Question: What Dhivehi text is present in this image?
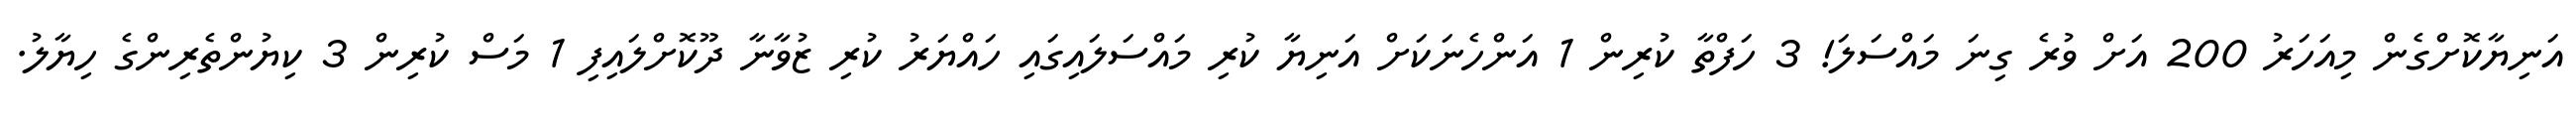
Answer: އަނިޔާކޮށްގެން މިއަހަރު 200 އަށް ވުރެ ގިނަ މައްސަލަ! 3 ހަފްތާ ކުރިން 1 އަންހެނަކަށް އަނިޔާ ކުރި މައްސަލައިގައި ހައްޔަރު ކުރި ޒުވާނާ ދޫކޮށްލައިފި 1 މަސް ކުރިން 3 ކިޔުންތެރިންގެ ހިޔާލު.